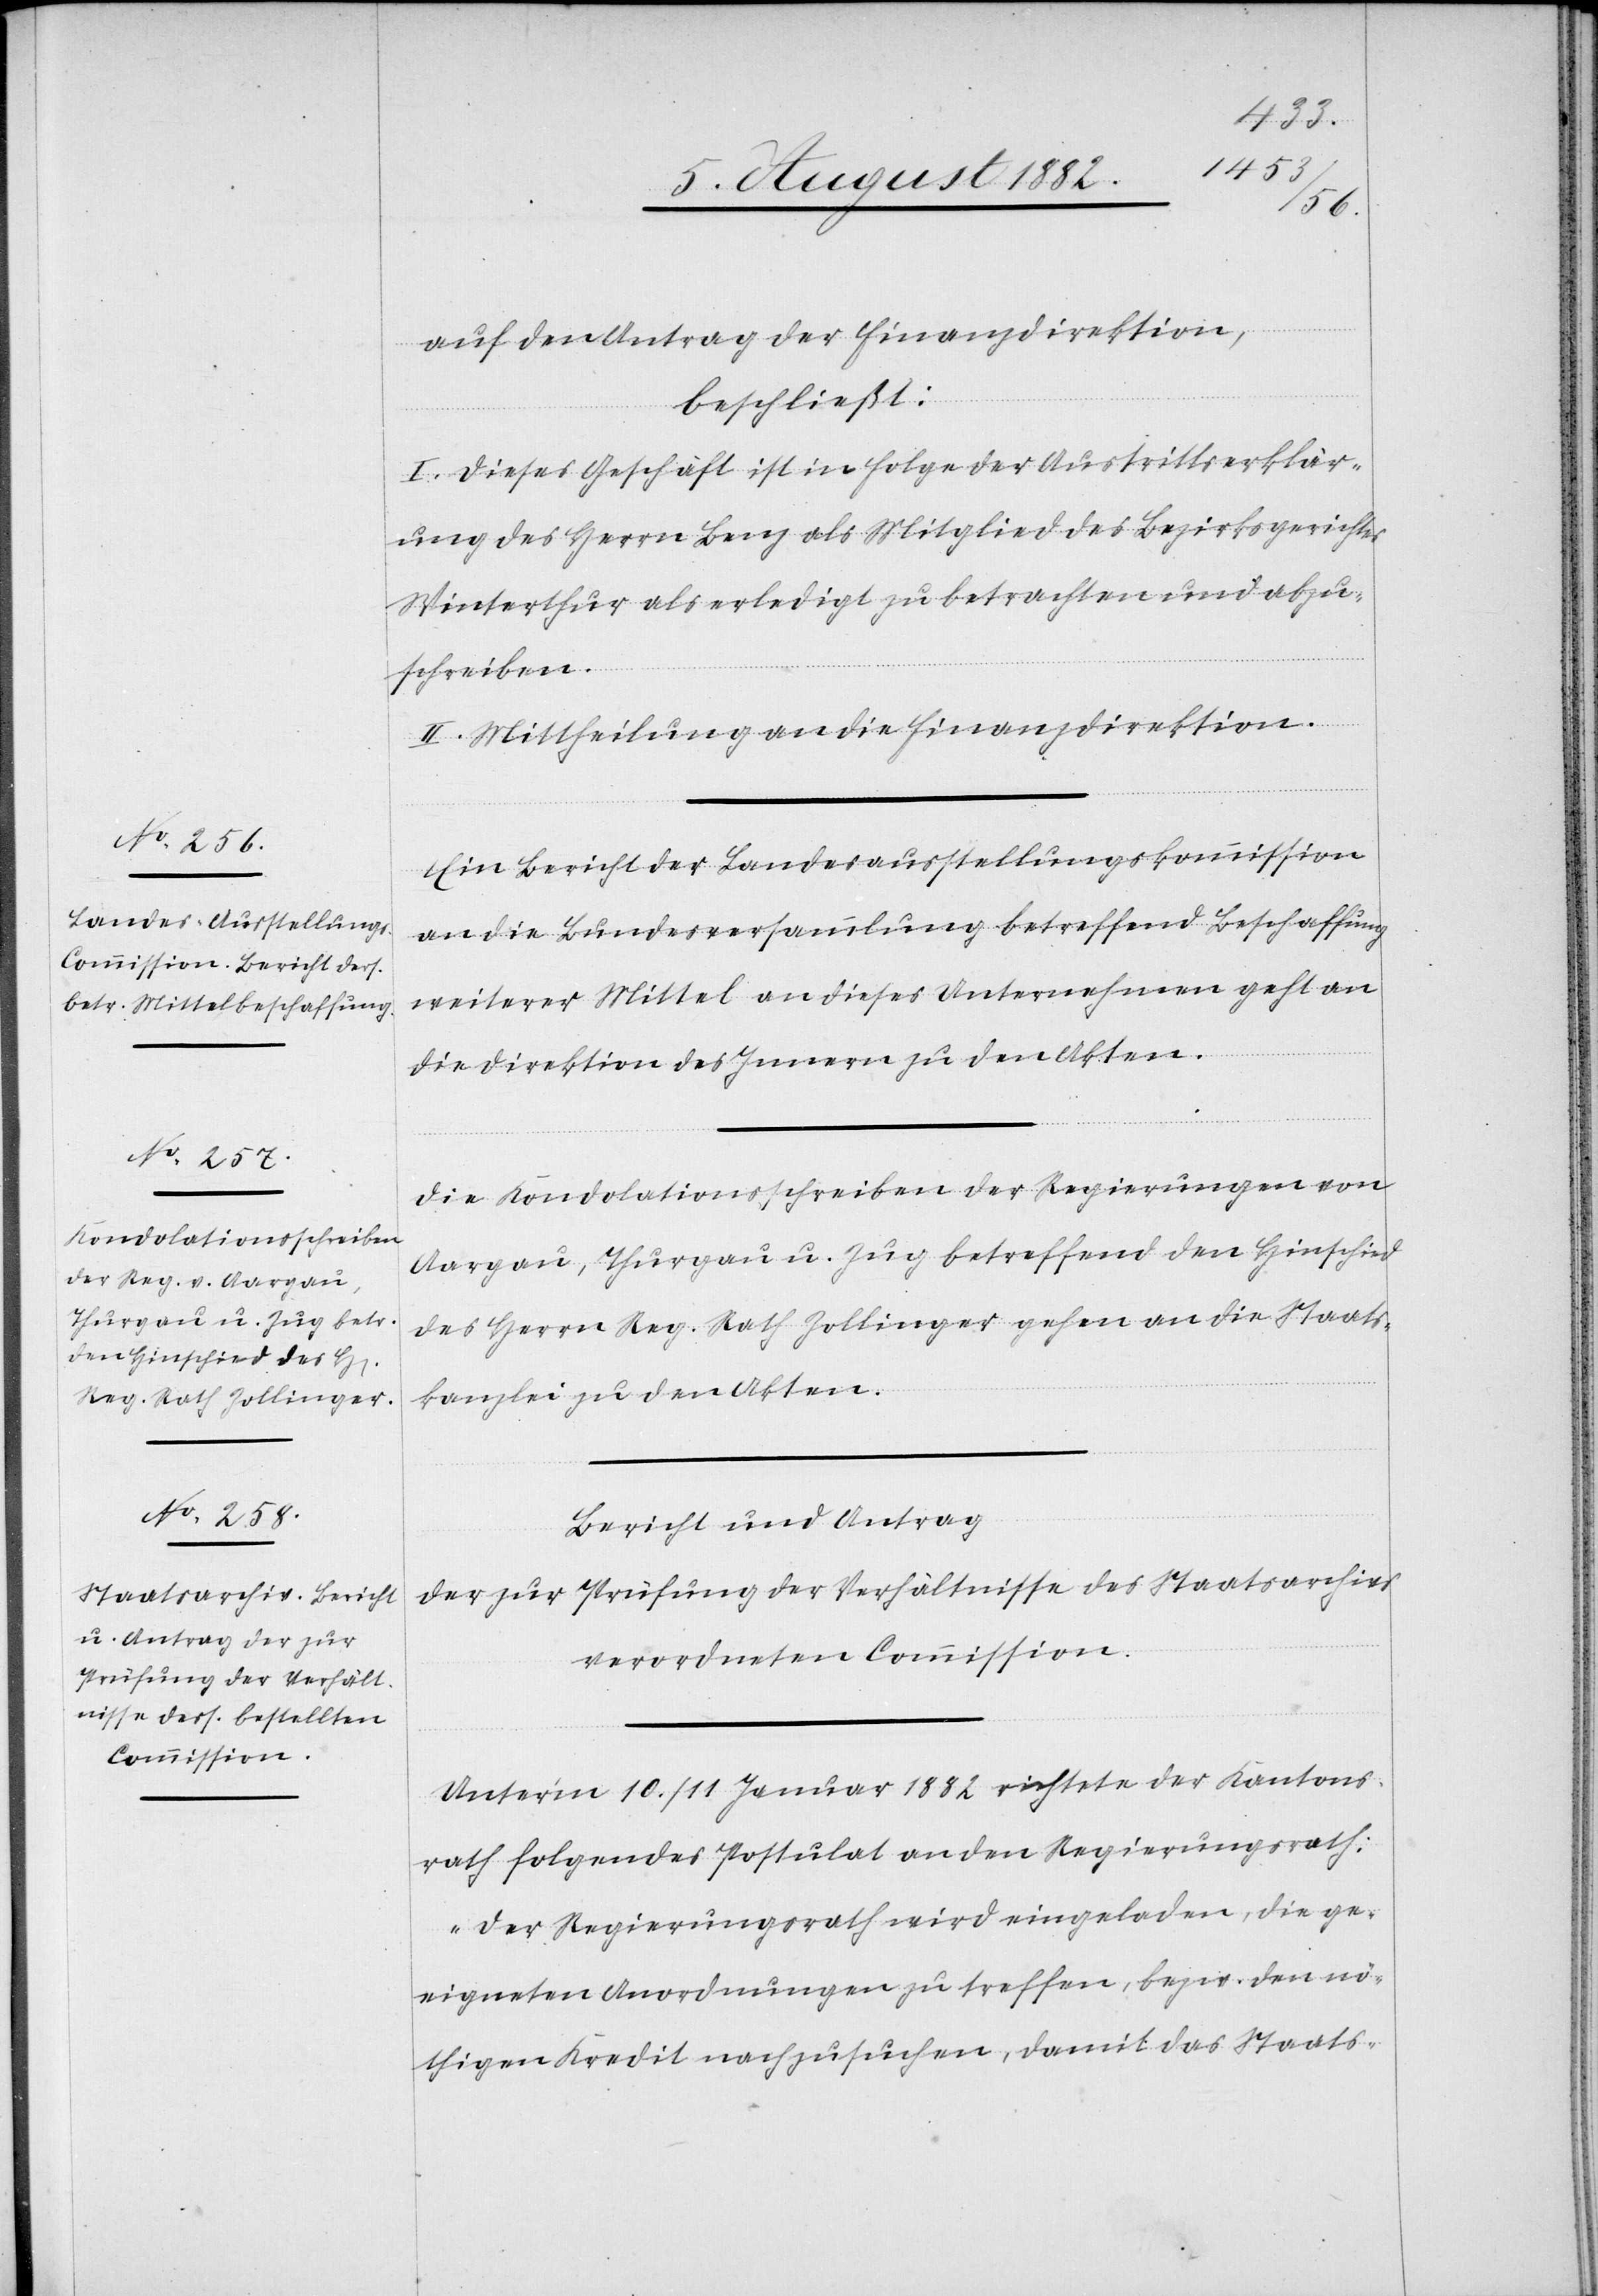
auf den Antrag der Finanzdirektion,
beschließt:
I. Dieses Geschäft ist in Folge der Austrittserklär¬
ung des Herrn Benz als Mitglied des Bezirksgerichtes
Winterthur als erledigt zu betrachten und abzu¬
schreiben.
II. Mittheilung an die Finanzdirektion.
Ein Bericht der Landesausstellungskommission
an die Bundesversammlung betreffend Beschaffung
weiterer Mittel an diese Unternehmen geht an
die Direktion des Innern zu den Akten.
Die Kondolationsschreiben der Regierungen von
Aargau, Thurgau u. Zug betreffend den Hinschied
des Herrn Reg. Rath Zollinger gehen an die Staats¬
kanzlei zu den Akten.
Bericht und Antrag
der zur Prüfung der Verhältnisse des Staatsarchives
verordneten Commission.
Unter’m 10./11. Januar 1882 richtete der Kantons¬
rath folgendes Postulat an den Regierungsrath:
„Die Regierungsrath wird eingeladen, die ge¬
eigneten Anordnungen zu treffen, bezw. den nö¬
thigen Kredit nachzusuchen, damit das Staats-